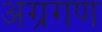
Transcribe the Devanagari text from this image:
अग्रगण